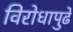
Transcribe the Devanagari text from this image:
विरोधापुढे